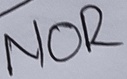
Text: NOR